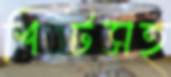
শিটসহ